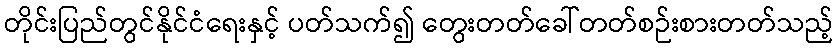
တိုင်းပြည်တွင်နိုင်ငံရေးနှင့် ပတ်သက်၍ တွေးတတ်ခေါ်တတ်စဉ်းစားတတ်သည့်